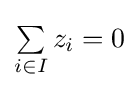
\textstyle \sum \limits _{i\in I}z_{i}=0